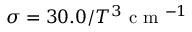
\sigma = 3 0 . 0 / T ^ { 3 } \mathrm { ~ c ~ m ~ } ^ { - 1 }